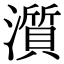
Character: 𤁩